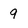
Character: 9